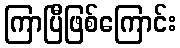
ကြာပြီဖြစ်ကြောင်း